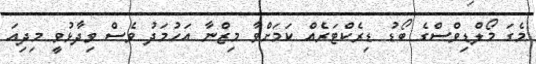
މެގަ މޯލްޑިވްސްގެ ބޯޑު ޑިރެކްޓަރެއް ކަމަށްވާ މިޒްނާ އަހުމަދު ވެސް ވިދާޅުވީ މިދިއަ